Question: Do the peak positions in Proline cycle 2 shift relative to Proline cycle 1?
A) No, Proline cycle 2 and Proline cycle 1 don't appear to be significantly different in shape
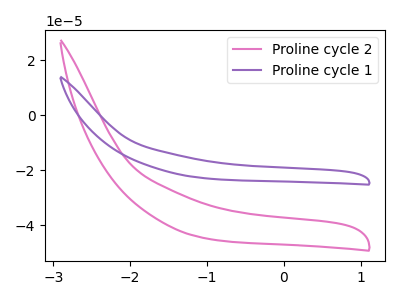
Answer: <think>The pink curve "Proline cycle 2" has no peaks. The purple curve "Proline cycle 1" has no peaks.
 Neither "Proline cycle 2" or "Proline cycle 1" have any peaks.</think>
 <answer>A) No, "Proline cycle 2" and "Proline cycle 1" don't appear to be significantly different in shape</answer>
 <eval>A</eval>